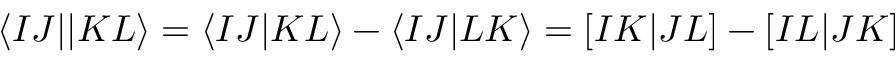
\langle I J | | K L \rangle = \langle I J | K L \rangle - \langle I J | L K \rangle = [ I K | J L ] - [ I L | J K ]